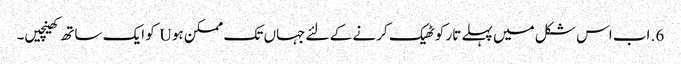
6. اب اس شکل میں پہلے تار کو ٹھیک کرنے کے لئے جہاں تک ممکن ہو U کو ایک ساتھ کھینچیں۔